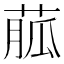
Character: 𦳍